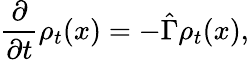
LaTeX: \frac{\partial}{\partial t}\rho_{t}(x)=-\hat{\Gamma}\rho_{t}(x),